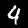
Digit: 4